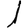
Digit: 1